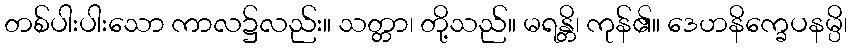
တစ်ပါးပါးသော ကာလ၌လည်း။ သတ္တာ၊ တို့သည်။ မရန္တိ၊ ကုန်၏။ ဒေဟနိက္ခေပနမ္ပိ၊